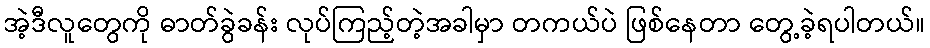
အဲ့ဒီလူတွေကို ဓာတ်ခွဲခန်း လုပ်ကြည့်တဲ့အခါမှာ တကယ်ပဲ ဖြစ်နေတာ တွေ့ခဲ့ရပါတယ်။